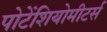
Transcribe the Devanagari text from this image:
पोटेंशियोमीटर्स